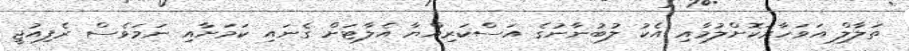
ތަލާލް އަވަހާރަކޮށްލުމާއި އެކު ލުބުނާނުގެ އަސްކަރިއްޔާ އެލާޓަށް ގެނައި ކަމަށާއި ނަމަވެސް ރެފިއުޖީ